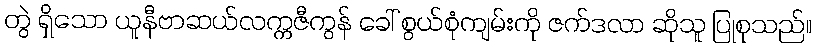
တွဲ ရှိသော ယူနီဗာဆယ်လက္ကဇီကွန် ခေါ် စွယ်စုံကျမ်းကို ဇက်ဒလာ ဆိုသူ ပြုစုသည်။